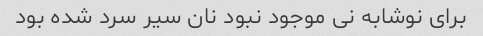
برای نوشابه نی موجود نبود نان سیر سرد شده بود